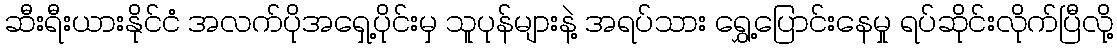
ဆီးရီးယားနိုင်ငံ အလက်ပိုအရှေ့ပိုင်းမှ သူပုန်များနဲ့ အရပ်သား ရွှေ့ပြောင်းနေမှု ရပ်ဆိုင်းလိုက်ပြီလို့